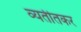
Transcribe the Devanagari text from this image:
व्यतीतकर